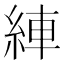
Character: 𦀺